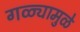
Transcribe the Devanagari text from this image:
गळ्यामुळे